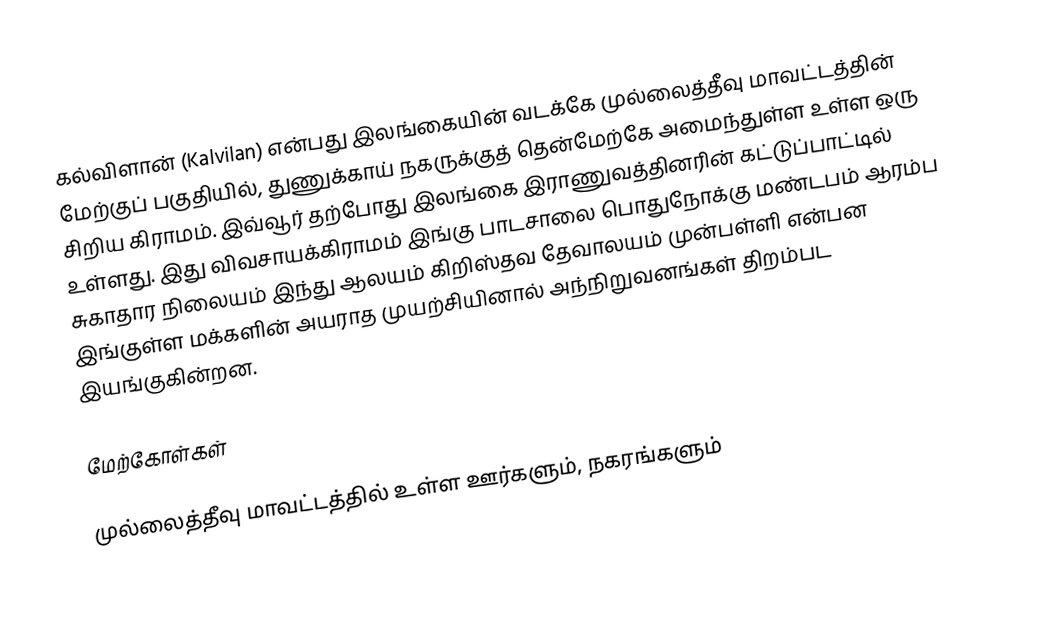
கல்விளான் (Kalvilan) என்பது இலங்கையின் வடக்கே முல்லைத்தீவு மாவட்டத்தின் மேற்குப் பகுதியில், துணுக்காய் நகருக்குத் தென்மேற்கே அமைந்துள்ள உள்ள ஒரு சிறிய கிராமம். இவ்வூர் தற்போது இலங்கை இராணுவத்தினரின் கட்டுப்பாட்டில் உள்ளது. இது விவசாயக்கிராமம் இங்கு பாடசாலை பொதுநோக்கு மண்டபம் ஆரம்ப சுகாதார நிலையம் இந்து ஆலயம் கிறிஸ்தவ தேவாலயம் முன்பள்ளி என்பன இங்குள்ள மக்களின் அயராத முயற்சியினால் அந்நிறுவனங்கள் திறம்பட இயங்குகின்றன.

மேற்கோள்கள்

முல்லைத்தீவு மாவட்டத்தில் உள்ள ஊர்களும், நகரங்களும்